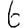
Digit: 6